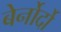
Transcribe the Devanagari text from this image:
बेर्नोर्दो